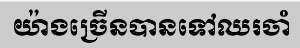
យ៉ាងច្រើនបានទៅឈរចាំ